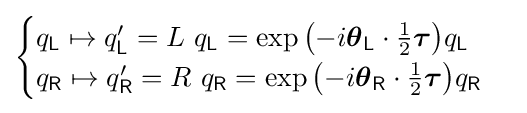
{\begin{cases}q_{\mathsf {L}}\mapsto q_{\mathsf {L}}'=L\ q_{\mathsf {L}}=\exp {\left(-i{\boldsymbol {\theta }}_{\mathsf {L}}\cdot {\tfrac {1}{2}}{\boldsymbol {\tau }}\right)}q_{\mathsf {L}}\\q_{\mathsf {R}}\mapsto q_{\mathsf {R}}'=R\ q_{\mathsf {R}}=\exp {\left(-i{\boldsymbol {\theta }}_{\mathsf {R}}\cdot {\tfrac {1}{2}}{\boldsymbol {\tau }}\right)}q_{\mathsf {R}}\end{cases}}